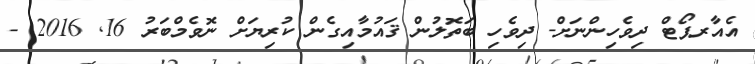
އެއާރޕޯޓް ދިވެހިންނަށް- ދިވެހި ބަތޮލުން ޤައުމާއިގެން ކުރިޔަށް ނޮވެމްބަރު 16